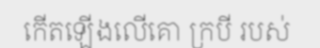
កើតឡើងលើគោ ក្របី របស់